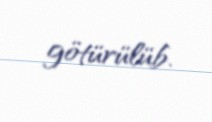
götürülüb.